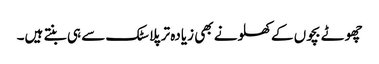
چھوٹے بچوں کے کھلونے بھی زیادہ تر پلاسٹک سے ہی بنتے ہیں۔